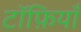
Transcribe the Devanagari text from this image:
टॉफ़ियाँ